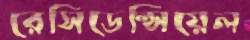
রেসিডেন্সিয়েল